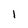
Character: i